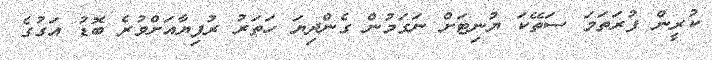
ކުރީން ފުރަތަމަ ސަތޭކަ ޔުނިޓަށް ނަގަމުން ގެންދިޔަ ހަތަރު ރުފިޔާއަށްވުރެ ބޮޑު އަގުގެ